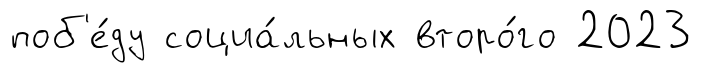
поб'е́ду социа́льных второ́го 2023